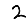
Digit: 2